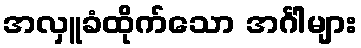
အလှူခံထိုက်သော အင်္ဂါများ